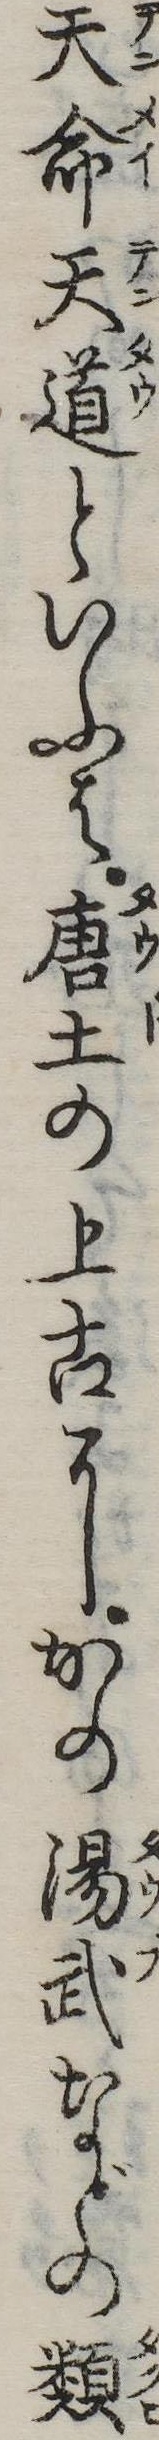
天命天道といふは唐土の上古にかの湯武などの類